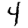
Digit: 4